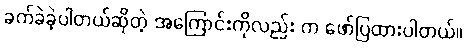
ခက်ခဲခဲ့ပါတယ်ဆိုတဲ့ အကြောင်းကိုလည်း က ဖော်ပြထားပါတယ်။